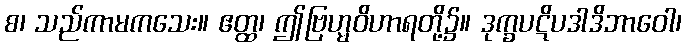
စ၊ သည်ကာမကသေး။ ဧတ္ထ၊ ဤဗြဟ္မဝိဟာရတို့၌။ ဒုက္ခပဋိပဒါဒိဘာဝေါ၊